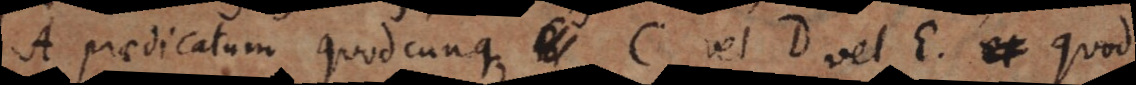
A praedicatum quodcunque C, vel D vel E. Quod